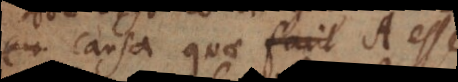
causa quae facit A esse